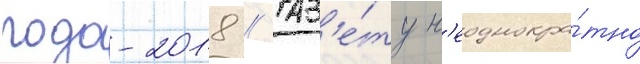
года-2018 // Газ'е́ту н'еоднокра́тно